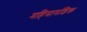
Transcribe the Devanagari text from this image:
महिमामंडिक